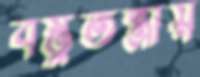
বস্তুতন্ত্রীয়